Vaccination report Assam 1874-1896 - 1874-1896
Year: 1874
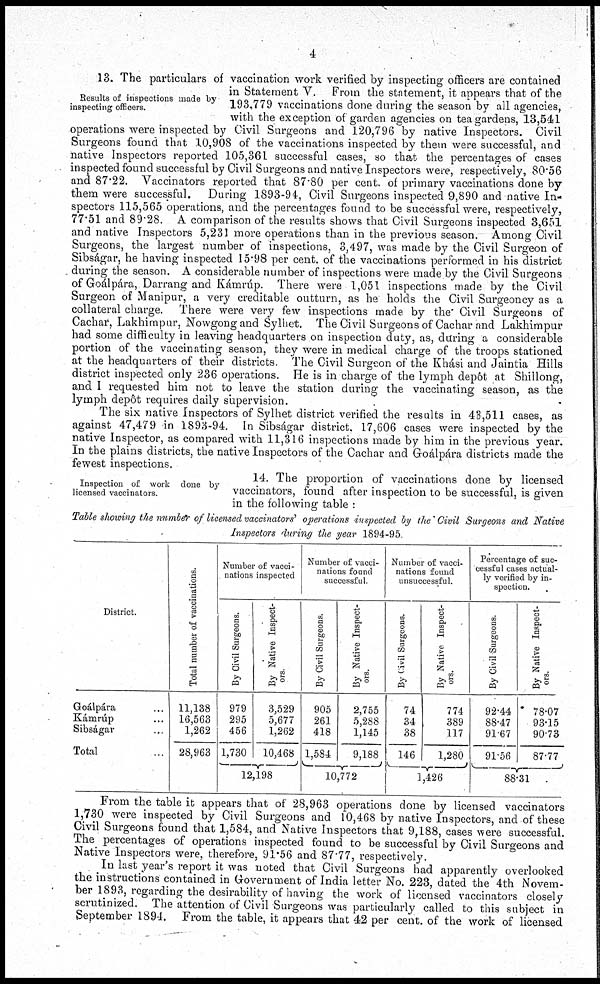
4
Results of inspections made by
inspecting officers.
13. The particulars of vaccination work verified by inspecting officers are contained
in Statement V. From the statement, it appears that of the
193,779 vaccinations done during the season by all agencies,
with the exception of garden agencies on tea gardens, 13,541
operations were inspected by Civil Surgeons and 120,796 by native Inspectors. Civil
Surgeons found that 10,908 of the vaccinations inspected by them were successful, and
native Inspectors reported 105,361 successful cases, so that the percentages of cases
inspected found successful by Civil Surgeons and native Inspectors were, respectively, 80.56
and 87.22. Vaccinators reported that 87.80 per cent. of primary vaccinations done by
them were successful. During 1893-94, Civil Surgeons inspected 9,890 and native In-
spectors 115,565 operations, and the percentages found to be successful were, respectively,
77.51 and 89.28. A comparison of the results shows that Civil Surgeons inspected 3,651
and native Inspectors 5,231 more operations than in the previous season. Among Civil
Surgeons, the largest number of inspections, 3,497, was made by the Civil Surgeon of
Sibságar, he having inspected 15.98 per cent. of the vaccinations performed in his district
during the season. A considerable number of inspections were made by the Civil Surgeons
of Goálpára, Darrang and Kámrúp. There were 1,051 inspections made by the Civil
Surgeon of Manipur, a very creditable outturn, as he holds the Civil Surgeoncy as a
collateral charge. There were very few inspections made by the Civil Surgeons of
Cachar, Lakhimpur, Nowgong and Sylhet. The Civil Surgeons of Cachar and Lakhimpur
had some difficulty in leaving headquarters on inspection duty, as, during a considerable
portion of the vaccinating season, they were in medical charge of the troops stationed
at the headquarters of their districts. The Civil Surgeon of the Khási and Jaintia Hills
district inspected only 236 operations. He is in charge of the lymph depôt at Shillong,
and I requested him not to leave the station during the vaccinating season, as the
lymph depôt requires daily supervision.
The six native Inspectors of Sylhet district verified the results in 43,511 cases, as
against 47,479 in 1893-94. In Sibságar district, 17,606 cases were inspected by the
native Inspector, as compared with 11,316 inspections made by him in the previous year.
In the plains districts, the native Inspectors of the Cachar and Groálpára districts made the
fewest inspections.
Inspection of work done by
licensed vaccinators.
14. The proportion of vaccinations done by licensed
vaccinators, found after inspection to be successful, is given
in the following table :
Table showing the number of licensed vaccinators' operations inspected by the Civil Surgeons and Native
Inspectors during the year 1894-95.
District.
Goálpára ...
Kámrúp ...
Sibságar ...
Total ...
Total number of vaccinations.
11,138
16,563
1,262
28,963
Number of vacci-
nations inspected
By Civil Surgeons.
979
295
456
1,730
By Native Inspect-
ors
3,529
5,677
1,262
10,468
12,198
Number of vacci-
nations found
successful
By Civil Surgeons.
905
261
418
1,584
By Native Inspect-
ors.
2,755
5,288
1,145
9,188
10,772
Number of vacci-
nations found
unsuccessful.
By Civil Surgeons.
74
34
38
146
By Native Inspect-
ors.
774
389
117
1,280
1,426
Percentage of suc-
cessful cases actual-
ly verified by in-
spection.
By Civil Surgeons.
92.44
88.47
91.67
91.56
By Native Inspect-
ors.
78.07
93.15
90.73
87.77
88.31
From the table it appears that of 28,963 operations done by licensed vaccinators
1,730 were inspected by Civil Surgeons and 10,468 by native Inspectors, and of these
Civil Surgeons found that 1,584, and Native Inspectors that 9,188, cases were successful.
The percentages of operations inspected found to be successful by Civil Surgeons and
Native Inspectors were, therefore, 91.56 and 87.77, respectively.
In last year's report it was noted that Civil Surgeons had apparently overlooked
the instructions contained in Government of India letter No. 223, dated the 4th Novem-
ber 1893, regarding the desirability of having the work of licensed vaccinators closely
scrutinized. The attention of Civil Surgeons was particularly called to this subject in
September 1894. From the table, it appears that 42 per cent. of the work of licensed